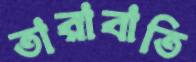
তারাবাতি